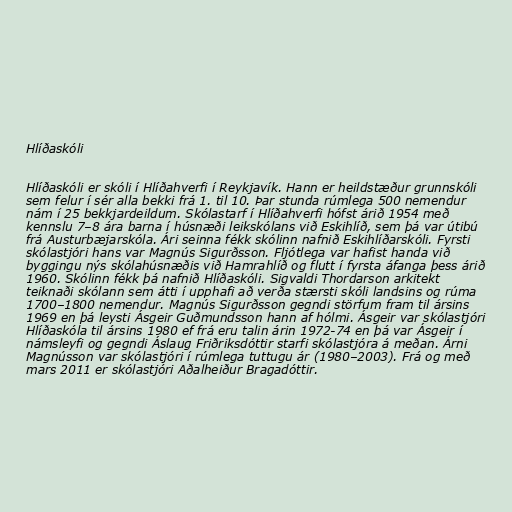
Hlíðaskóli

Hlíðaskóli er skóli í Hlíðahverfi í Reykjavík. Hann er heildstæður grunnskóli
sem felur í sér alla bekki frá 1. til 10. Þar stunda rúmlega 500 nemendur
nám í 25 bekkjardeildum. Skólastarf í Hlíðahverfi hófst árið 1954 með
kennslu 7–8 ára barna í húsnæði leikskólans við Eskihlíð, sem þá var útibú
frá Austurbæjarskóla. Ári seinna fékk skólinn nafnið Eskihlíðarskóli. Fyrsti
skólastjóri hans var Magnús Sigurðsson. Fljótlega var hafist handa við
byggingu nýs skólahúsnæðis við Hamrahlíð og flutt í fyrsta áfanga þess árið
1960. Skólinn fékk þá nafnið Hlíðaskóli. Sigvaldi Thordarson arkitekt
teiknaði skólann sem átti í upphafi að verða stærsti skóli landsins og rúma
1700–1800 nemendur. Magnús Sigurðsson gegndi störfum fram til ársins
1969 en þá leysti Ásgeir Guðmundsson hann af hólmi. Ásgeir var skólastjóri
Hlíðaskóla til ársins 1980 ef frá eru talin árin 1972-74 en þá var Ásgeir í
námsleyfi og gegndi Áslaug Friðriksdóttir starfi skólastjóra á meðan. Árni
Magnússon var skólastjóri í rúmlega tuttugu ár (1980–2003). Frá og með
mars 2011 er skólastjóri Aðalheiður Bragadóttir.